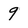
Character: 9